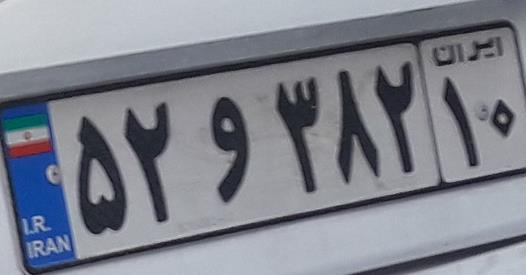
۵۲و۳۸۲۱۰